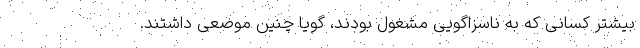
بیشتر کسانی که به ناسزاگویی مشغول بودند، گویا چنین موضعی داشتند.